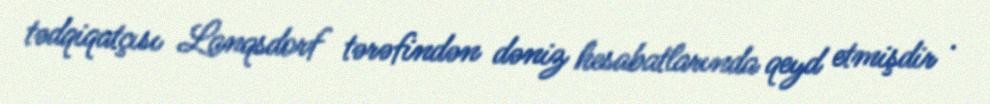
tədqiqatçısı Lanqsdorf tərəfindən dəniz hesabatlarında qeyd etmişdir .